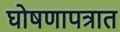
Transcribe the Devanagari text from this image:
घोषणापत्रात